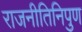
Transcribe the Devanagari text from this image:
राजनीतिनिपुण